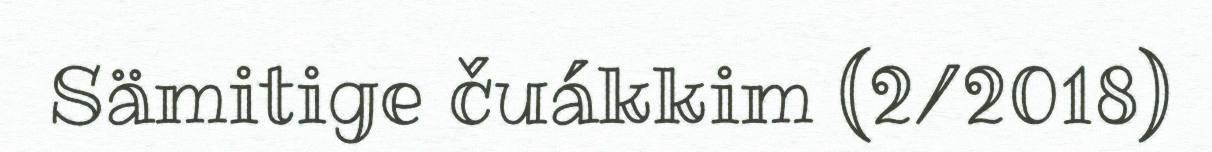
Sämitige čuákkim (2/2018)